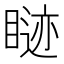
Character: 𬑢